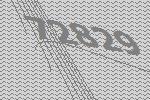
72829